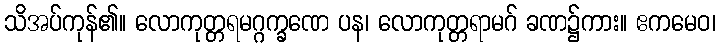
သိအပ်ကုန်၏။ လောကုတ္တရမဂ္ဂက္ခဏေ ပန၊ လောကုတ္တရာမဂ် ခဏ၌ကား။ ဧကမေဝ၊